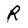
Character: R